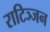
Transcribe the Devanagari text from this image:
राटिञ्जन